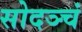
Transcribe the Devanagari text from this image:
सोदञ्चं